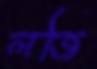
লজি